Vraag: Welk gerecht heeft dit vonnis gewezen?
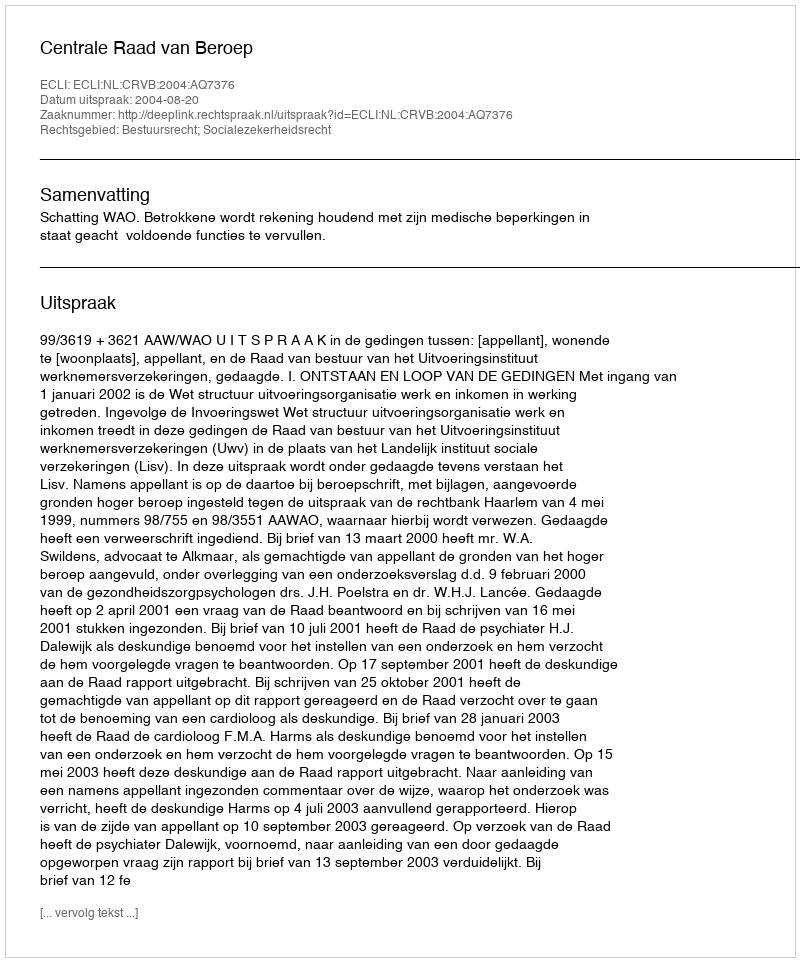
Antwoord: Centrale Raad van Beroep